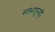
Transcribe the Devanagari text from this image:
स्तंभातूनही